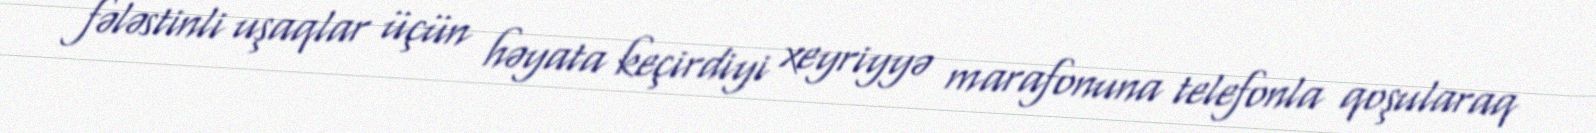
fələstinli uşaqlar üçün həyata keçirdiyi xeyriyyə marafonuna telefonla qoşularaq